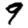
Digit: 9